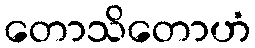
တောသိတောဟံ